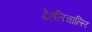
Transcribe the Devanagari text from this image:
देहलिचाल्लि